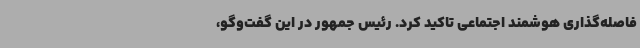
فاصله‌گذاری هوشمند اجتماعی تاکید کرد. رئیس جمهور در این گفت‌وگو،